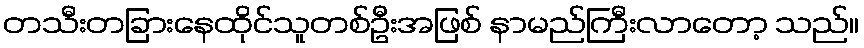
တသီးတခြားနေထိုင်သူတစ်ဦးအဖြစ် နာမည်ကြီးလာတော့ သည်။